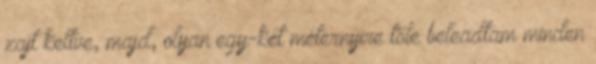
zajt keltve, majd, olyan egy-két méternyire tőle beleadtam minden